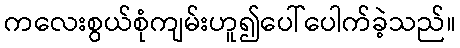
ကလေးစွယ်စုံကျမ်းဟူ၍ပေါ်ပေါက်ခဲ့သည်။